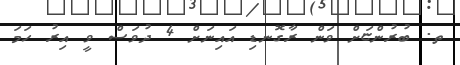
ތ. ބުރުންޏަށް ވަން ރާގޮނޑި އައިނަށް 4 ދުވަސް ވީ އިރު ހަމަ